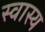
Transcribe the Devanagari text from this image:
स्वास्य